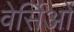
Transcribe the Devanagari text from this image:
वेर्सिओं